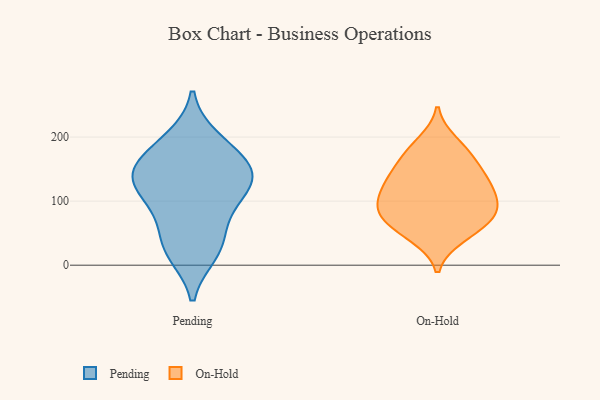
{"axis": {"x": "Budget (USD K)", "y": "Value"}, "legend": ["On-Hold", "Pending"], "data": [{"x": "", "y": 152, "type": "Pending"}, {"x": "", "y": 130, "type": "Pending"}, {"x": "", "y": 187, "type": "Pending"}, {"x": "", "y": 80, "type": "Pending"}, {"x": "", "y": 145, "type": "Pending"}, {"x": "", "y": 100, "type": "Pending"}, {"x": "", "y": 141, "type": "Pending"}, {"x": "", "y": 153, "type": "Pending"}, {"x": "", "y": 42, "type": "Pending"}, {"x": "", "y": 24, "type": "Pending"}, {"x": "", "y": 19, "type": "Pending"}, {"x": "", "y": 115, "type": "Pending"}, {"x": "", "y": 197, "type": "Pending"}, {"x": "", "y": 182, "type": "On-Hold"}, {"x": "", "y": 112, "type": "On-Hold"}, {"x": "", "y": 73, "type": "On-Hold"}, {"x": "", "y": 149, "type": "On-Hold"}, {"x": "", "y": 76, "type": "On-Hold"}, {"x": "", "y": 102, "type": "On-Hold"}, {"x": "", "y": 123, "type": "On-Hold"}, {"x": "", "y": 193, "type": "On-Hold"}, {"x": "", "y": 169, "type": "On-Hold"}, {"x": "", "y": 152, "type": "On-Hold"}, {"x": "", "y": 43, "type": "On-Hold"}, {"x": "", "y": 46, "type": "On-Hold"}, {"x": "", "y": 84, "type": "On-Hold"}, {"x": "", "y": 84, "type": "On-Hold"}, {"x": "", "y": 63, "type": "On-Hold"}, {"x": "", "y": 129, "type": "On-Hold"}, {"x": "", "y": 129, "type": "On-Hold"}, {"x": "", "y": 95, "type": "On-Hold"}]}